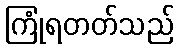
ကြုံရတတ်သည်